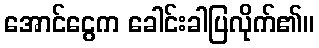
အောင်ငွေက ခေါင်းခါပြလိုက်၏။